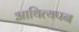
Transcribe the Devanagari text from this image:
आथित्यपन